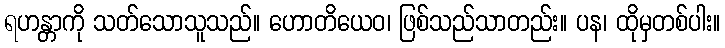
ရဟန္တာကို သတ်သောသူသည်။ ဟောတိယေဝ၊ ဖြစ်သည်သာတည်း။ ပန၊ ထိုမှတစ်ပါး။